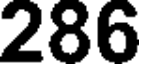
286